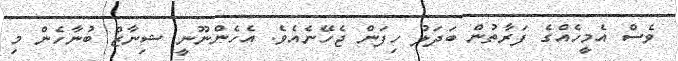
ވެސް އެމީހެއްގެ ފަރާތުން ބަދަލު ހިފަން ޖެހޭނެއެވެ. އެހެންނޫނީ ޝިނާޒް ބުނާހެން މި